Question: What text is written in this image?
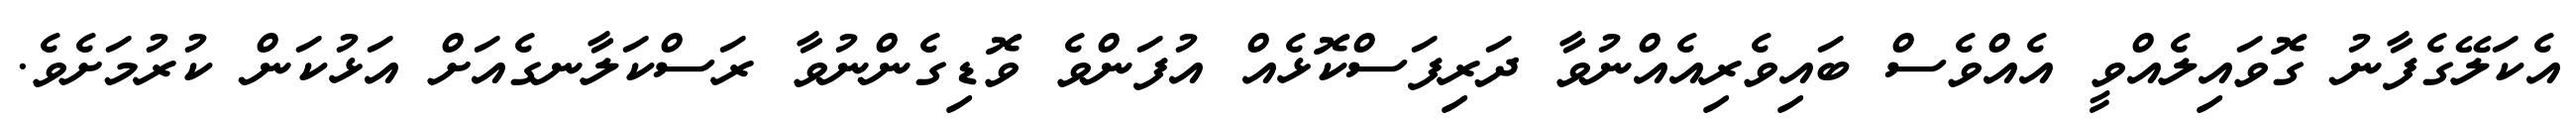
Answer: އެކަލޭގެފާނު ގޮވައިލެއްވީ އެއްވެސް ބައިވެރިއެއްނުވާ ދަރިފަސްކޮޅެއް އުފަންވެ ވޮޑިގެންނުވާ ރަސްކަލާނގެއަށް އަޅުކަން ކުރުމަށެވެ.